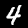
Label: 4